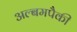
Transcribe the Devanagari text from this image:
अल्बमपैकी